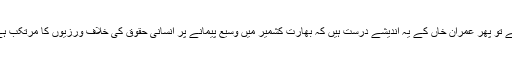
اگر ایساکیا ہے یا کرنے کا اارادہ ہے تو پھر عمران خاں کے یہ اندیشے درست ہیں کہ بھارت کشمیر میں وسیع پیمانے پر انسانی حقوق کی خلاف ورزیوں کا مرتکب ہے یا ایسے مذموم ارادے رکھتا ہے۔